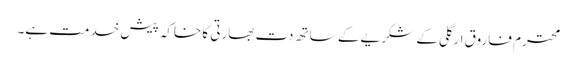
محترم فاروق ارگلی کے شکریے کے ساتھ دت بھارتی کا خاکہ پیش خدمت ہے۔